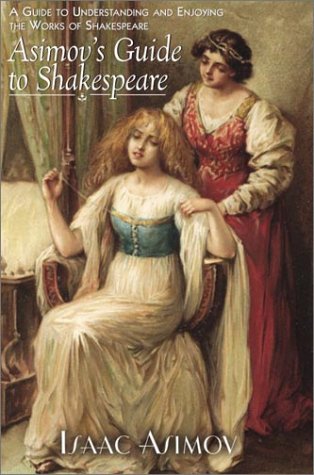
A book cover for Asimov's Guide to Shakespeare: A Guide to Understanding and Enjoying the Works of Shakespeare; Isaac Asimov; Literature & Fiction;